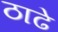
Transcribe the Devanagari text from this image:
ठाढे